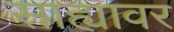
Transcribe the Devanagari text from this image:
साह्यावर